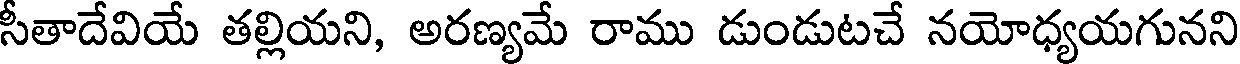
సీతాదేవియే తల్లియని, అరణ్యమే రాము డుండుటచే నయోధ్యయగునని